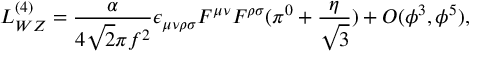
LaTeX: { \cal L } _ { W Z } ^ { ( 4 ) } = \frac { \alpha } { 4 \sqrt 2 \pi f ^ { 2 } } \epsilon _ { \mu \nu \rho \sigma } F ^ { \mu \nu } F ^ { \rho \sigma } ( \pi ^ { 0 } + \frac { \eta } { \sqrt 3 } ) + { \cal O } ( \phi ^ { 3 } , \phi ^ { 5 } ) ,